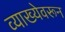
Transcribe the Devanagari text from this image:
व्याख्येवरून